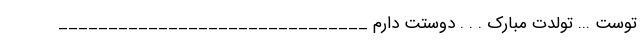
توست ... تولدت مبارک . . . دوستت دارم _______________________________